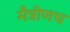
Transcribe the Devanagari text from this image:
मैत्रीणच